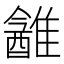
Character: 䨄